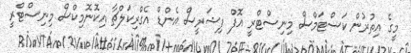
މީގެ އިތުރުން ކަސްޓަމްސް މިނިސްޓްރީ އޮފް ފިޝަރީސް އެންޑް އެގްރިކަލްޗާ އިކޮނޮމިކްސް މިނިސްޓްރީ